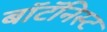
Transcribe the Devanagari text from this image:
बॉटॅनिस्ट